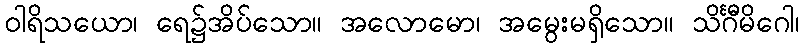
ဝါရိသယော၊ ရေ၌အိပ်သော။ အလောမော၊ အမွေးမရှိသော။ သိင်္ဂီမိဂေါ၊